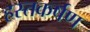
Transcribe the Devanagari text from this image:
हस्तकर्षण